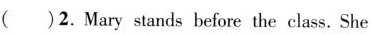
( )2.Mary stands before the class. She